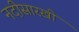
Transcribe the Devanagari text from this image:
नदीसारखी